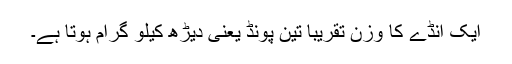
ایک انڈے کا وزن تقریباً تین پونڈ یعنی دیڑھ کیلو گرام ہوتا ہے۔